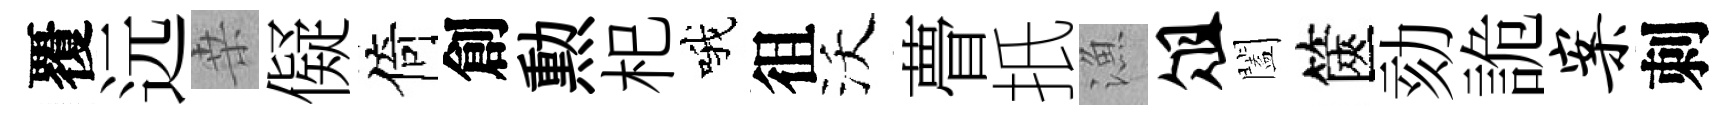
覆远桒儗倚創勲𣏌哦徂沃瞢扺漁俎闔篋劾詭案刺